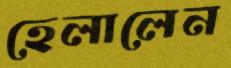
হেলালেন